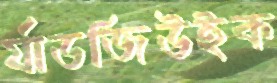
র‍্যাডজিউইক